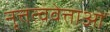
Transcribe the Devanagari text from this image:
नृत्तत्ववेत्ताओं